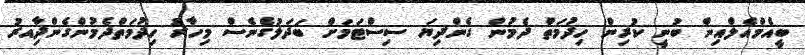
ބީއެމްއެލްއިން ބުނީ ކުރިން ހިދުމަތް ދެމުން ގެންދިޔަ ސިސްޓަމަށް ބަދަލުގެނެސް މިހާރު ހިދުމަތްދެމުންގެންދާިއރު